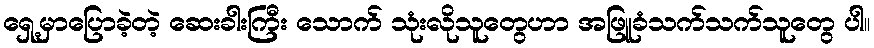
ရှေ့မှာပြောခဲ့တဲ့ ဆေးခါးကြီး သောက် သုံးလိုသူတွေဟာ အဖြူခံသက်သက်သူတွေ ပါ။